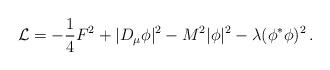
LaTeX: \begin{align*}{\cal L} = - {1\over 4}F^2+|D_{\mu} \phi |^2 - M^2 |\phi|^2- \lambda(\phi^*\phi)^2\,.\end{align*}